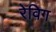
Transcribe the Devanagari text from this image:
रेविग